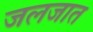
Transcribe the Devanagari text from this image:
जलजात